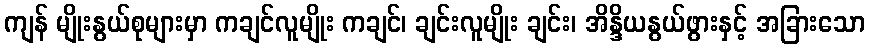
ကျန် မျိုးနွယ်စုများမှာ ကချင်လူမျိုး ကချင်၊ ချင်းလူမျိုး ချင်း၊ အိန္ဒိယနွယ်ဖွားနှင့် အခြားသော